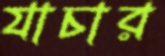
যাচার